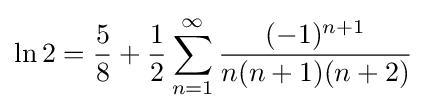
\ln 2={\frac {5}{8}}+{\frac {1}{2}}\sum _{n=1}^{\infty }{\frac {(-1)^{n+1}}{n(n+1)(n+2)}}